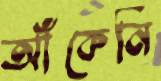
আঁকেনি